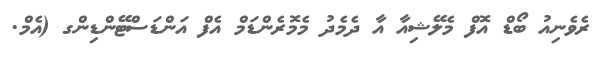
ރެވެނިއު ބޯޑް އޮފް މެލޭޝިއާ އާ ދެމެދު މެމޮރެންޑަމް އެފް އަންޑަސްޓޭންޑިންގ (އެމް.